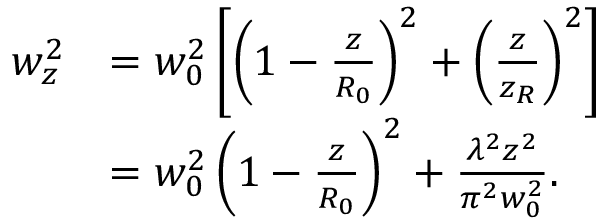
\begin{array} { r l } { w _ { z } ^ { 2 } } & { = w _ { 0 } ^ { 2 } \left[ \left( 1 - \frac { z } { R _ { 0 } } \right) ^ { 2 } + \left( \frac { z } { z _ { R } } \right) ^ { 2 } \right] } \\ & { = w _ { 0 } ^ { 2 } \left( 1 - \frac { z } { R _ { 0 } } \right) ^ { 2 } + \frac { \lambda ^ { 2 } z ^ { 2 } } { \pi ^ { 2 } w _ { 0 } ^ { 2 } } . } \end{array}